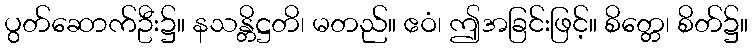
ပွတ်ဆောက်ဦး၌။ နသန္တိဋ္ဌတိ၊ မတည်။ ဧဝံ၊ ဤအခြင်းဖြင့်။ စိတ္တေ၊ စိတ်၌။